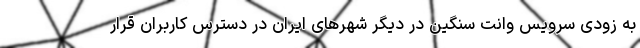
به زودی سرویس وانت سنگین در دیگر شهرهای ایران در دسترس کاربران قرار